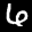
Label: 6